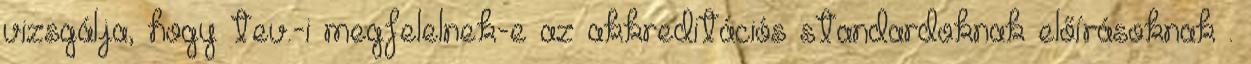
vizsgálja, hogy tev.-i megfelelnek-e az akkreditációs standardoknak előírásoknak .